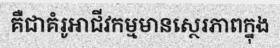
គឺជាគំរូអាជីវកម្មមានស្ថេរភាពក្នុង